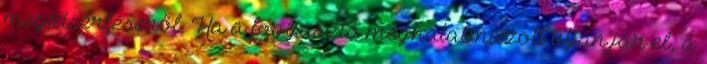
megkísérléséről. Ha a fogyasztó meghatalmazott útján jár el, a